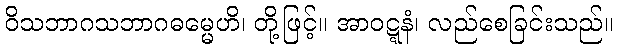
ဝိသဘာဂသဘာဂဓမ္မေဟိ၊ တို့ဖြင့်။ အာဝဋ္ဋနံ၊ လည်စေခြင်းသည်။